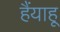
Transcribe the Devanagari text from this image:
हैंयाहू